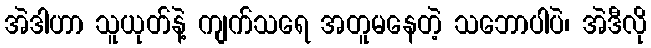
အဲဒါဟာ သူယုတ်နဲ့ ကျက်သရေ အတူမနေတဲ့ သဘောပါပဲ၊ အဲဒီလို